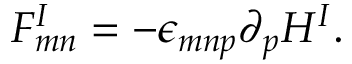
F _ { m n } ^ { I } = - \epsilon _ { m n p } \partial _ { p } H ^ { I } .